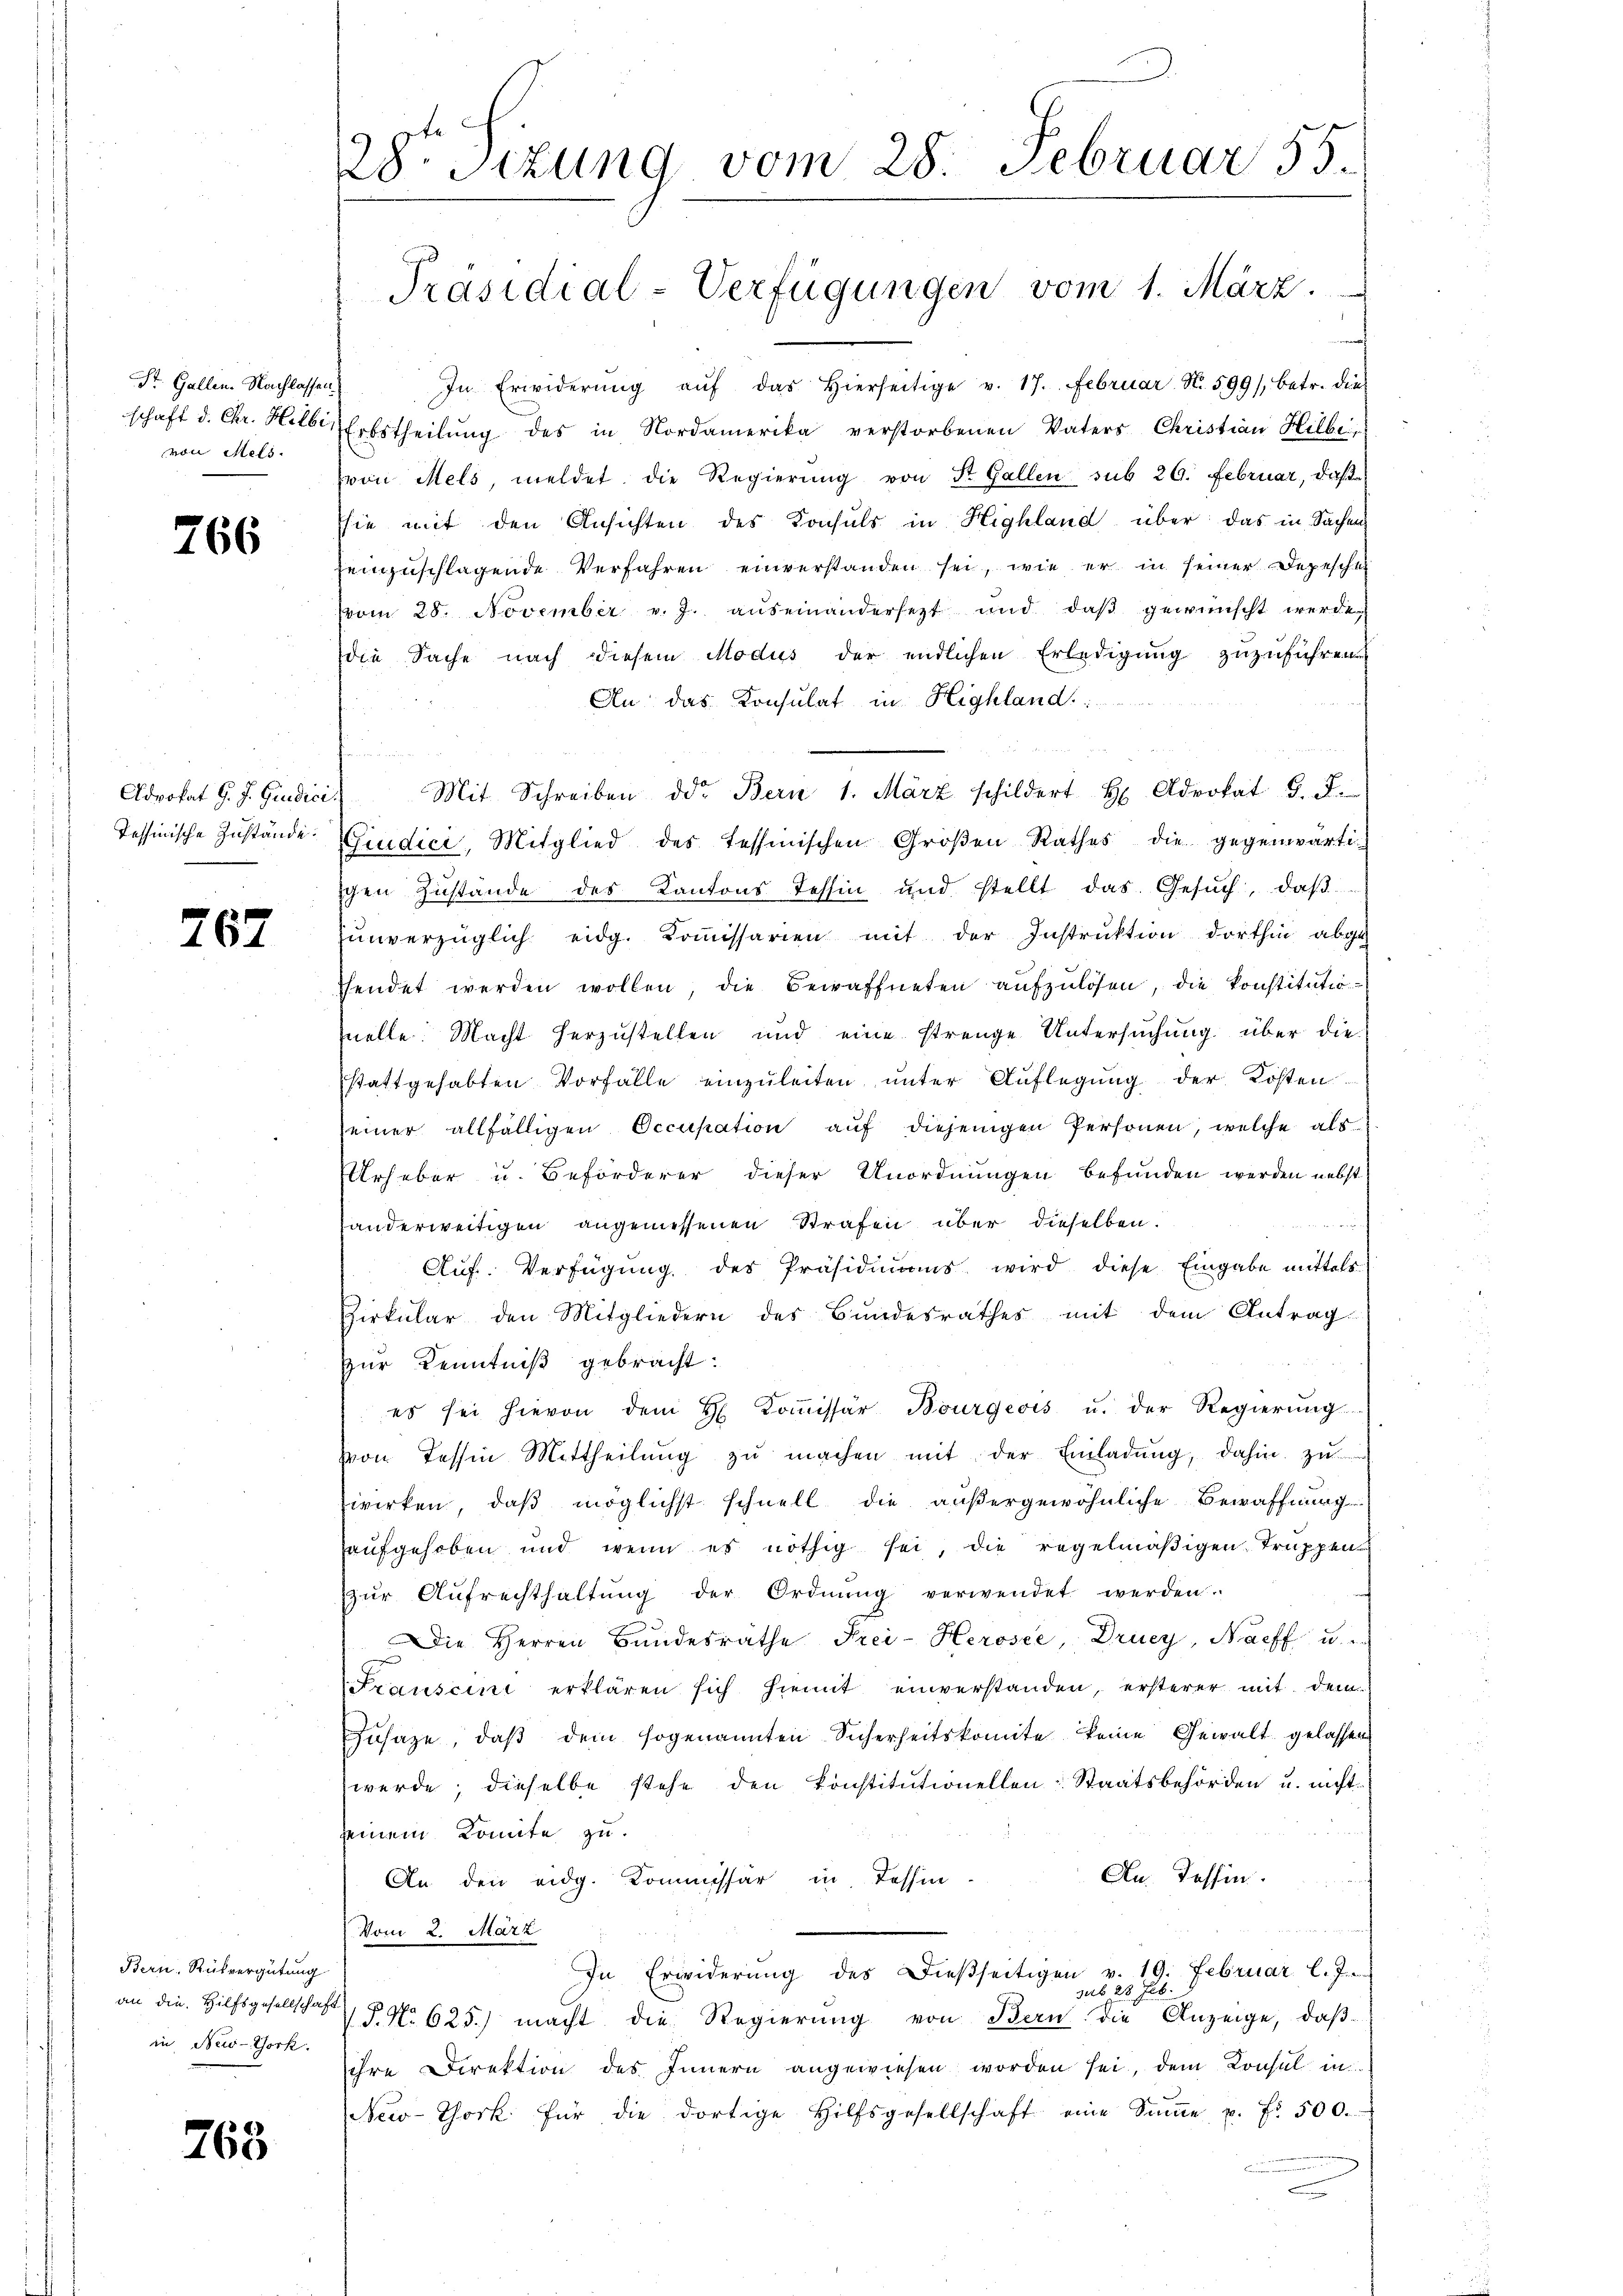
St. Gallen. Nachlassen.
von Mels.

766

Advokat G. J. Giudici
Tessinische Zustände:

767

Bern. Rückvergütung
an die Hilfsgesellschaft
in New-York.

e

763

28 sizung vom 28. Februar 55.

n verwe
In Erwiderŭng aŭf das hierseitige v. 17. Februar N. 599/, betr. die
schaft d. Chr. Helbe Erbstheilung des in Nordamerika verstorbenen Vaters Christian Hilbe
von Mels, meldet die Regierung von Sr. Gallen sub 26. Februar, daß
sie mit den Ansichten des Konsuls in Highland über das in Sachen
zeinzuschlagende Verfahren einverstanden sei, wie er in seiner Depesche
vom 28. November v. J. auseinandersetzt und daβ gewünscht werde,
die Sache nach diesem Modus der endlichen Erledigung zuzuführen
An das Konsulat in Highland:
Mit Schreiben der Bern 1. März schildert H. Advokat J. J.
Giudici, Mitglied des Tessinischen Groβen Rathes die gegenwärti-
chen Zŭstände des Kantons Tessin und stellt das Gesŭch, daβ
ŭnverzüglich eidg. Koṁissarien mit der Instruktion dorthin abge
shendet werden wollen die Bewaffneten aufzulösen, die konstitutio
Quelle. Macht herzustellen und eine strenge Untersuchung über die
stattgehabten Vorfälle einzuleiten unter Auflegung der Kosten
seiner allfälligen Occupation auf diejenigen Personen, welche als
Urheber u. Beförderer dieser Unordnungen befunden werden nebst
 wurde der in Meeren
anderweitigen angemessenen Strafen über dieselben.
Auf. Verfügung des Präsidimans wird diese Eingabe mittels
Virkŭlar den Mitgliedern des Bŭndesrathes mit dem Antrag
Zur Kenntniß gebracht:
es sei hievon dem H Coṁissär Bourgeois u. der Regierŭng
von Tessin Mittheilŭng zŭ machen mit der Einladŭng, dahin zu
wirken, daß möglichst schnell die außergewöhnliche Bewaffnung
aufgehoben und wenn es nöthig sei, die regelmäßigen Truppen
zŭr Aŭfrechthaltŭng der Ordnŭng verwendet werden.
Die Herren Bŭndesräthe Frei-Herosee, Drucy, Nach u.
Franscini erklären sich hiemit einverstanden, ersterer mit dem
Zusage, daβ dem sogenannten Sicherheitskomite keine Gewalt gelassen.
werde; dieselbe stehe den konstitutionellen: Staatsbehörden u. nicht
seinem Komite zu.
An. Tessin.
An den eidg. Kommissär in Tessin-
Vom 2. März
In Erwiderung des Dießseitigen v. 19. Februar l. J.
sub 28 Feb.
V. P. Nr. 625.) macht die Regierung von Bern die Anzeige, daß
ihre Direktion des Innern angewiesen worden sei, dem Konsul in
New-York für die dortige Hilfsgesellschaft eine Sinne u. f. 500.
c

Präsidial-Verfügungen vom 1. März.